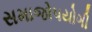
સમાજોપયોગી